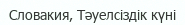
Словакия, Тәуелсіздік күні